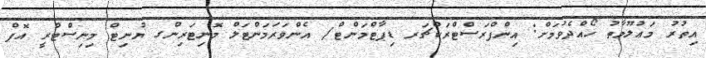
އިތުރު މަޢުލޫމާތު ހޯއްދެވުމަށް: އިންފްރަސްޓްރަކްޗަރ ޑިޕާޓްމަންޓް/ އެންވަރަމަންޓަލް މޮނިޓަރިންގ ޔުނިޓް މިނިސްޓްރީ އޮފް